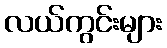
လယ်ကွင်းများ